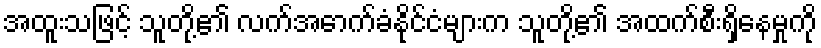
အထူးသဖြင့် သူတို့၏ လက်အောက်ခံနိုင်ငံများက သူတို့၏ အထက်စီးရှိနေမှုကို